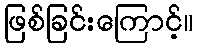
ဖြစ်ခြင်းကြောင့်။